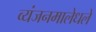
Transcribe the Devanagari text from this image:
व्यंजनमालेधले